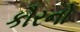
કૌરનો